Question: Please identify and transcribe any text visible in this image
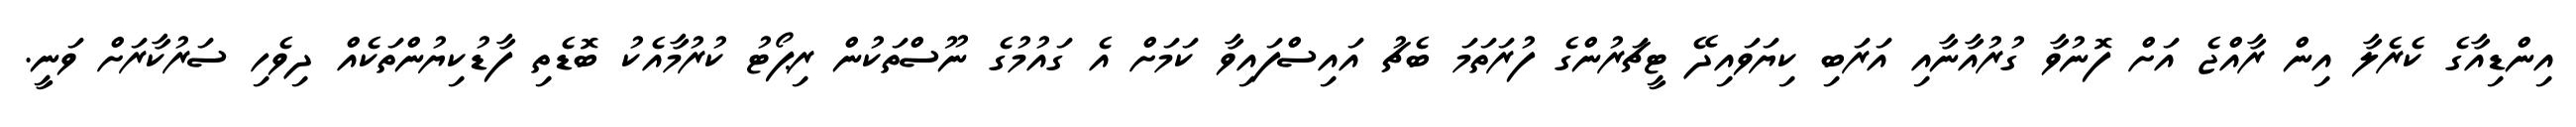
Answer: އިންޑިއާގެ ކެރެލާ އިން ރާއްޖެ އަށް ފޮނުވާ ގުރުއާނާއި އަރަބި ކިޔަވައިދޭ ޓީޗަރުންގެ ފުރަތަމަ ބެޗު އައިސްފައިވާ ކަމަށް އެ ގައުމުގެ ނޫސްތަކުން ރިޕޯޓު ކުރުމާއެކު ބޮޑެތި ފާޑުކިޔުންތަކެއް ދިވެހި ސަރުކާރަށް ވަނީ.